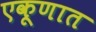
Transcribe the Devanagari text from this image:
एकूणात